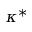
\kappa ^ { * }